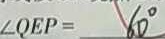
\angle Q E P = 6 0 ^ { \circ }